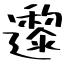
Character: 邌